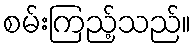
စမ်းကြည့်သည်။